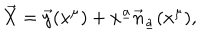
\vec { X } = \vec { y } ( x ^ { \mu } ) + x ^ { \underline { { a } } } \vec { n } _ { \underline { { a } } } ( x ^ { \mu } ) ,